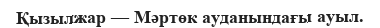
Қызылжар — Мәртөк ауданындағы ауыл.